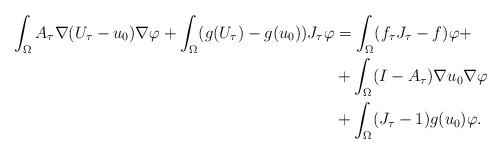
LaTeX: \begin{align*}\int_{\Omega} A_\tau \nabla (U_\tau - u_0) \nabla \varphi + \int _ \Omega (g(U_\tau) - g(u_0) ) J_\tau \varphi & = \int _ \Omega (f_\tau J_\tau - f) \varphi + \\&+ \int _ \Omega (I - A_\tau) \nabla u_0 \nabla \varphi \\& + \int _ \Omega (J_\tau -1 ) g(u_0) \varphi. \end{align*}